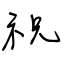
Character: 祝